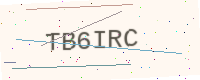
Text: TB6IRC